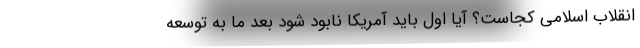
انقلاب اسلامی کجاست؟ آیا اول باید آمریکا نابود شود بعد ما به توسعه